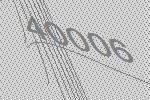
40006